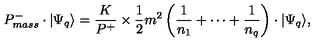
P _ { m a s s } ^ { - } \cdot \vert \Psi _ { q } \rangle = \frac { K } { P ^ { + } } \times \frac { 1 } { 2 } m ^ { 2 } \left( \frac { 1 } { n _ { 1 } } + \cdots + \frac { 1 } { n _ { q } } \right) \cdot \vert \Psi _ { q } \rangle ,